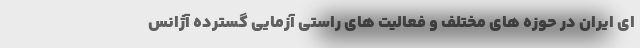
ای ایران در حوزه های مختلف و فعالیت های راستی آزمایی گسترده آژانس